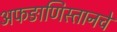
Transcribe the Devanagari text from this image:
अफङाणिस्तानचे